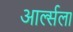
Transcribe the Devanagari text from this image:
आर्ल्सला